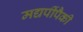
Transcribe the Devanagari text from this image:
मद्यपींपैकी